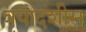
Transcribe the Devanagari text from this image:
त्रयोदशीस